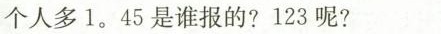
个人多1.45是谁报的?123呢?